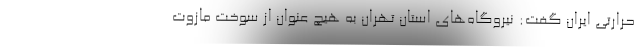
حرارتی ایران گفت: نیروگاه‌های استان تهران به هیچ عنوان از سوخت مازوت